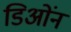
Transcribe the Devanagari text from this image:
डिओंन